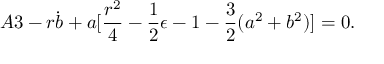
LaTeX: A 3 - r \dot { b } + a [ \frac { r ^ { 2 } } { 4 } - \frac { 1 } { 2 } \epsilon - 1 - \frac { 3 } { 2 } ( a ^ { 2 } + b ^ { 2 } ) ] = 0 .